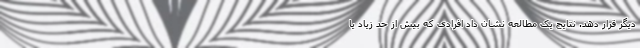
دیگر قرار دهد. نتایج یک مطالعه نشان داد افرادی که بیش از حد زیاد یا